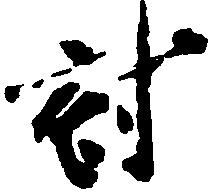
討